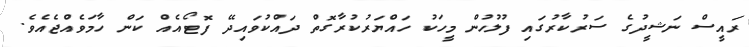
ރައީސް ނަޝީދުގެ ސަރުކާރުގައި ފުލުހުން މީހަކު ހައްޔަރުކުރާގޮތް ދައްކުވައިދޭ ފޮޓޯއެއް ކަން ހާމަވެއްޖެއެވެ.